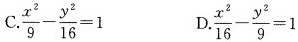
C.$$\frac{x^{2}}{9} - \frac{y^{2}}{16} = 1$$ D.$$\frac{x^{2}}{16} - \frac{y^{2}}{9} = 1$$